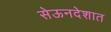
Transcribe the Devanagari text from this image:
सेऊनदेशात